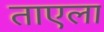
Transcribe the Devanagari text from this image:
ताएला